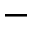
-